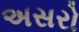
અસરો